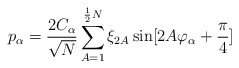
\begin{align*}p_{\alpha} = \frac{2C_{\alpha}}{\sqrt{N}} \sum_{A=1}^{\frac{1}{2}N} \xi_{2A} \sin [2A\varphi_{\alpha} + \frac{\pi}{4}]\end{align*}